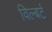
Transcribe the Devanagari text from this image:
विल्बर्ट